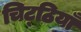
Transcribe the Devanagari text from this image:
चिट्‌ठियाँ